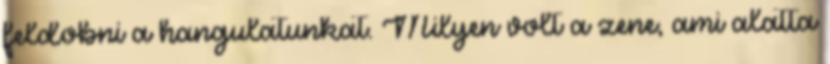
feldobni a hangulatunkat. Milyen volt a zene, ami alatta